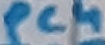
Text: PC4